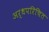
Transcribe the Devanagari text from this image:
अर्धपरिचित